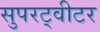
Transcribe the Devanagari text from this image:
सुपरट्वीटर